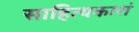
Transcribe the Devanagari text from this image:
साहित्यकारां